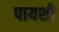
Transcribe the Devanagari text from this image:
पायशी